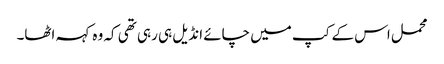
محمل اس کے کپ میں چائے انڈیل ہی رہی تھی کہ وہ کہہ اٹھا۔